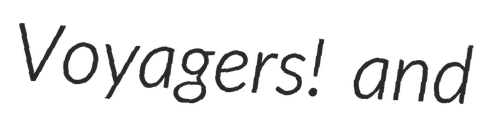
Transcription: Voyagers! and